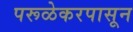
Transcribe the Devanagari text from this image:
परूळेकरपासून